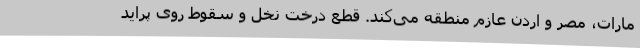
مارات، مصر و اردن عازم منطقه می‌کند. قطع درخت نخل و سقوط روی پراید